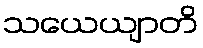
သယေယျာတိ